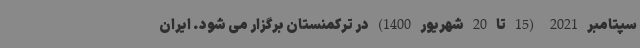
سپتامبر 2021 (15 تا 20 شهریور 1400) در ترکمنستان برگزار می شود. ایران